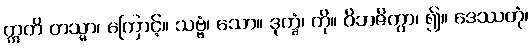
ဣတိ တသ္မာ၊ ကြောင့်။ သဗ္ဗံ၊ သော။ ဒုက္ခံ၊ ကို။ ဝိဘဇိတွာ၊ ၍။ ဒေဿတုံ၊